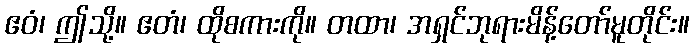
ဧဝံ၊ ဤသို့။ ဧတံ၊ ထိုစကားကို။ တထာ၊ အရှင်ဘုရားမိန့်တော်မူတိုင်း။